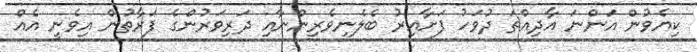
ކިޔެވުން އަންނަ އާދިއްތަ ދުވަހު ފަށާއިރު ބެލެނިވެރިންނާއި ދަރިވަރުންގެ ފަރާތުން އިވެނީ އެއް